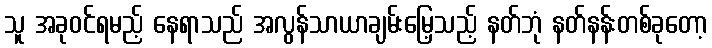
သူ အခုဝင်ရမည့် နေရာသည် အလွန်သာယာချမ်းမြေ့သည့် နတ်ဘုံ နတ်နန်းတစ်ခုတော့